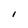
Character: I